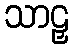
သာဠှ